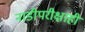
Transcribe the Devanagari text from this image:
नाडीपरीक्षाही